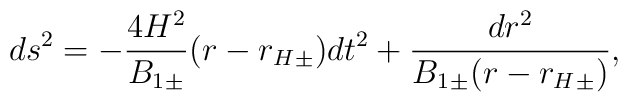
ds^2=-\frac{4H^2}{{B_1}_\pm}(r-{r_H}_\pm)dt^2+\frac{dr^2}{{B_1}_\pm(r-{r_H}_\pm)},